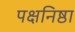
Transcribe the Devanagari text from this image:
पक्षनिष्ठा